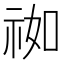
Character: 𰧹